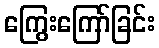
ကြွေးကြော်ခြင်း